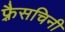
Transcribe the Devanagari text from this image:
फ़्रैसचिनी